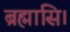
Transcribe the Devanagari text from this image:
ब्रह्मासि।